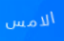
الامس